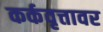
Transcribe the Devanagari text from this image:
कर्कवृत्तावर